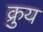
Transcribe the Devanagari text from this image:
क्रुय